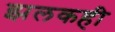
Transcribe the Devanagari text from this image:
झलकही